NAE_ERA_R-2324_Eesti_Vabariigi_Pohiseaduslik_Assamblee, lk 58
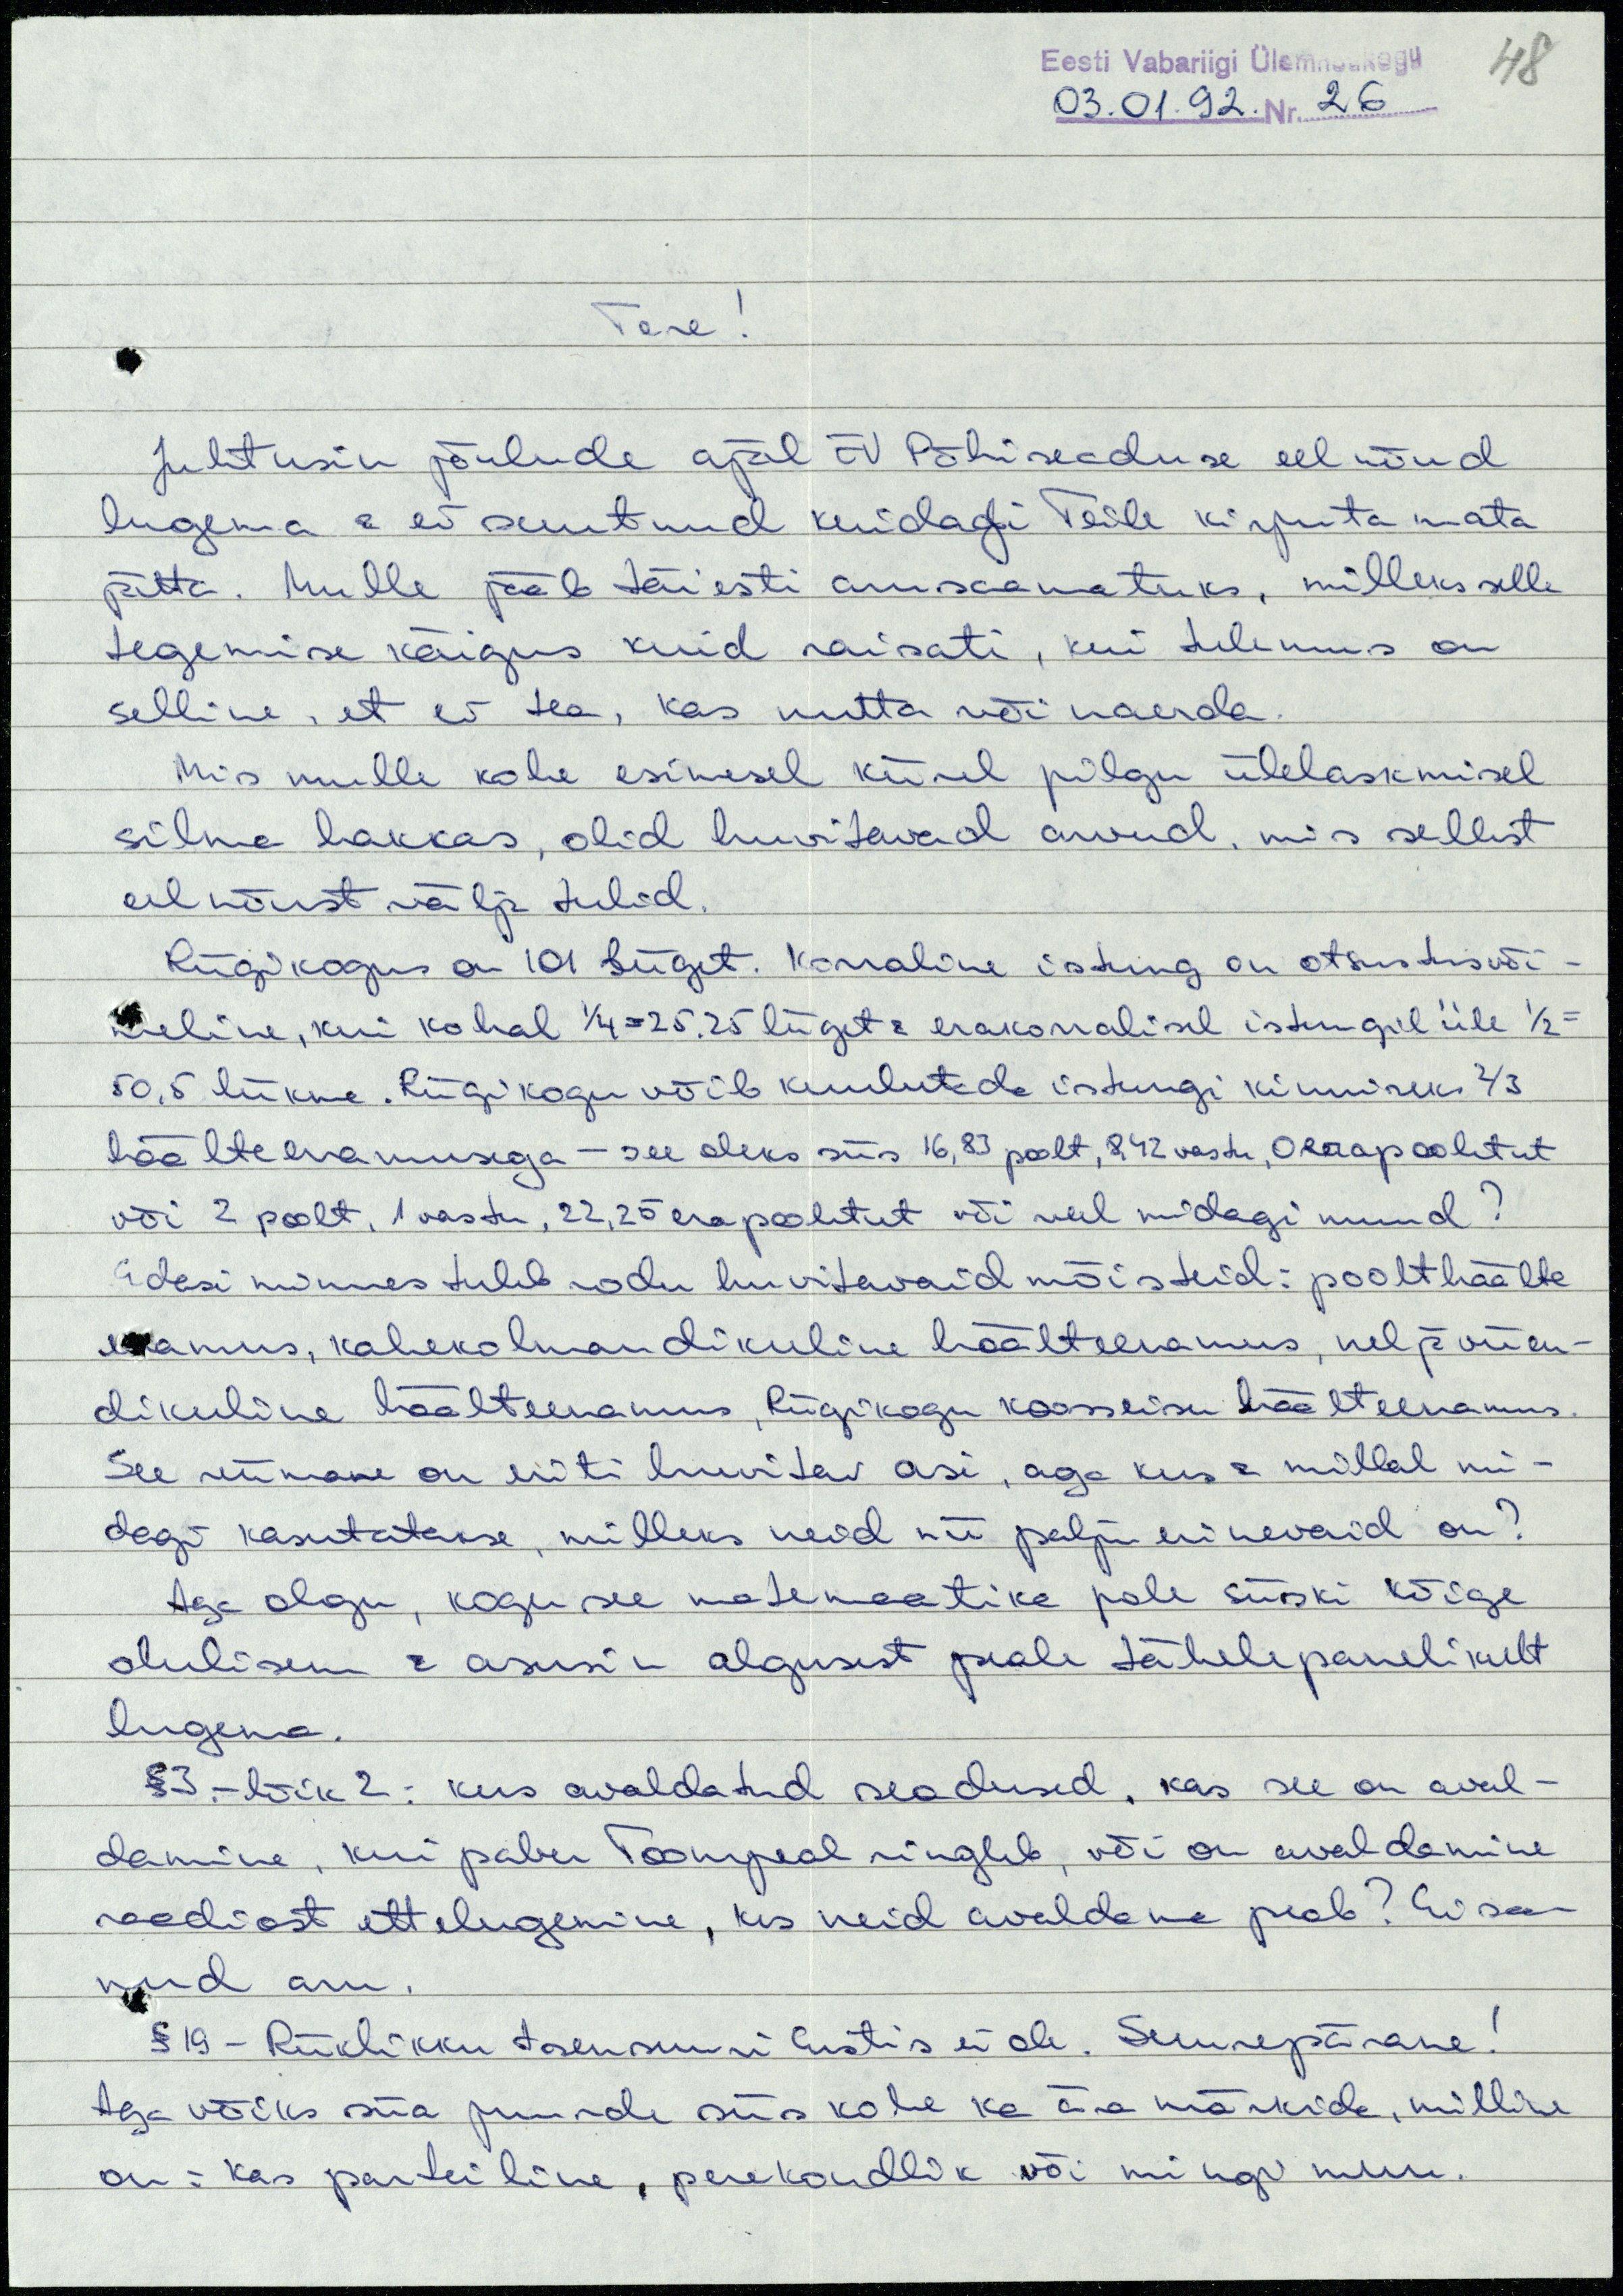
48

Eesti Vabariigi Ülemnõukogu
03.01.92. Nr. 26
Tere!
Juhtusin jõulude ajal EV Põhiseaduse eelnõud
lugema & ei suutnud kuidagi Teile kirjutamata
jätta. Mulle jääb täiesti arusaamatuks, milleks selle
tegemise käigus kuid raisati, kui tulemus on
selline, et ei tea, kas nutta või naerda.
Mis mulle kohe esimesel kiirel pilgu ülelaskmisel
silma hakkas, olid huvitavad arvud, mis sellest
eelnõust välja tulid.
Riigikogus on 101 liiget. Korraline istung on otsustusvõi-
meline, kui kohal 1/4=25,25 liiget & erakorralisel istungil üle 1/2=
50,5 liikme. Riigikogu võib kuulutada istungi kinniseks 2/3
häälteenamusega - see oleks siis 16,83 poolt, 8,42 vastu,0 erapooletut
või 2 poolt, 1 vastu, 22,25 erapooletut või veel midagi muud?
Edasi minnes tuleb rodu huvitavaid mõisteid: poolthäälte
enamus, kahekolmandikuline häälteenamus, neljaviien-
dikuline häälteenamus, Riigikogu koosseisu häälteenamus.
See viimane on eriti huvitav asi, aga kus & millal mi-
dagi kasutatakse, milleks neid nii palju erinevaid on?
Aga olgu, kogu see matemaatika pole siiski kõige
olulisem & asusin algusest peale tähelepanelikult
lugema.
§ 3.- lõik 2: kus avaldatud seadused, kas see on aval-
damine, kui paber Toompeal ringleb, või on avaldamine
raadiost ettelugemine, kes neid avaldama peab? Ei saa-
nud aru.
§ 19 - Riiklikku tsensuuri Eestis ei ole. Suurepärane!
Aga võiks siia juurde siis kohe ka ära märkida, milline
on: kas parteiline, perekondlik või mingi muu.